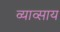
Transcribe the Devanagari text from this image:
व्याव्साय